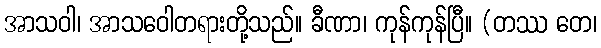
အာသဝါ၊ အာသဝေါတရားတို့သည်။ ခီဏာ၊ ကုန်ကုန်ပြီ။ (တဿ တေ၊